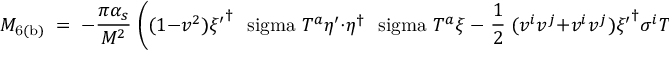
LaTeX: { \cal M } _ { \mathrm { 6 ( b ) } } \; = \; - { \frac { \pi \alpha _ { s } } { M ^ { 2 } } } \; \Bigg ( ( 1 - v ^ { 2 } ) { \xi ^ { \prime } } ^ { \dagger } \mathrm { \boldmath ~ \ s i g m a ~ } T ^ { a } \eta ^ { \prime } \cdot \eta ^ { \dagger } \mathrm { \boldmath ~ \ s i g m a ~ } T ^ { a } \xi \; - \; { \frac { 1 } { 2 } } \; ( v ^ { i } v ^ { j } + v ^ { i } v ^ { j } ) { \xi ^ { \prime } } ^ { \dagger } \sigma ^ { i } T ^ { a } \eta ^ { \prime } \; \eta ^ { \dagger } \sigma ^ { j } T ^ { a } \xi \Bigg ) ,